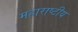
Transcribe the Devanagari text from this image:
महाराष्टीय